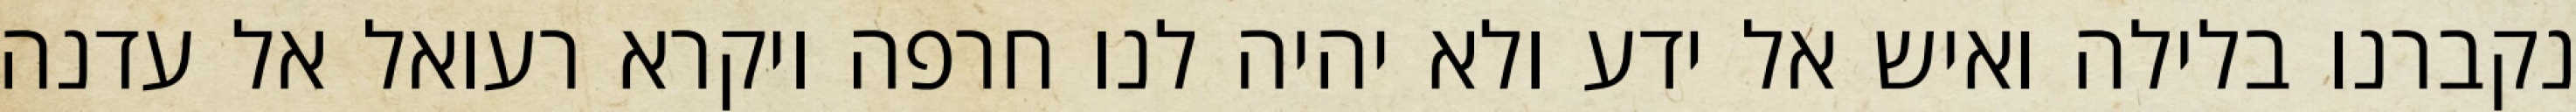
נקברנו בלילה ואיש אל ידע ולא יהיה לנו חרפה ויקרא רעואל אל עדנה